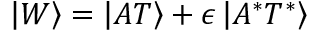
\left| W \right\rangle = \left| A T \right\rangle + \epsilon \left| A ^ { * } T ^ { * } \right\rangle